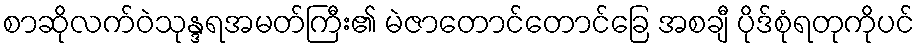
စာဆိုလက်ဝဲသုန္ဒရအမတ်ကြီး၏ မဲဇာတောင်တောင်ခြေ အစချီ ပိုဒ်စုံရတုကိုပင်